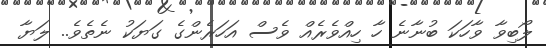
ލޯބިވާ ވާހަކަ ބުނާނެ ހާ ހިއްވެރެއް ވެސް އަހަރެންގެ ގަޔަކު ނެތެވެ.. ލަޔާ